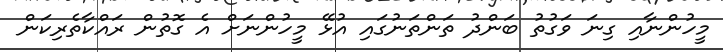
މީހުންނާއި ގިނަ ވަގުތު ބަންދު ތަންތަނުގައި އުޅޭ މީހުންނަށް އެ ގޮތުން ރައްކާތެރިކަން